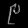
Digit: ၉